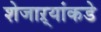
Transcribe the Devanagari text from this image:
शेजाऱ्यांकडे